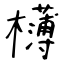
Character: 欂